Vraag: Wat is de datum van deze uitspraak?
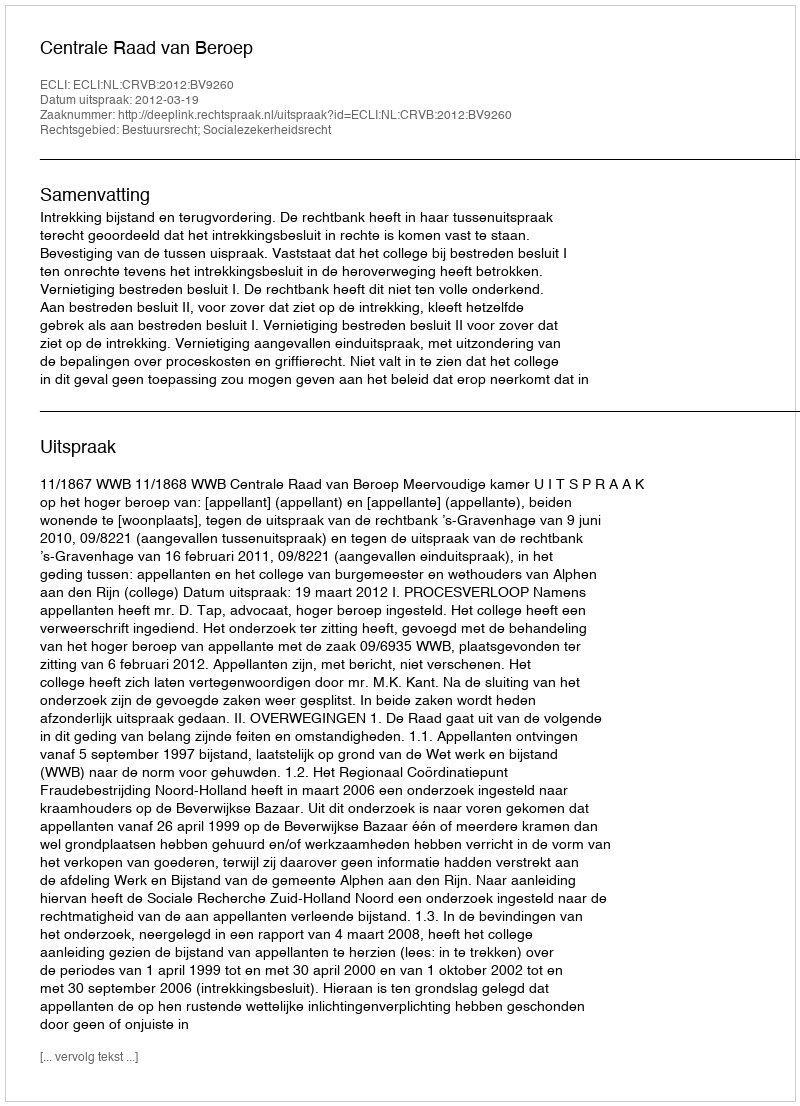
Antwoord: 2012-03-19